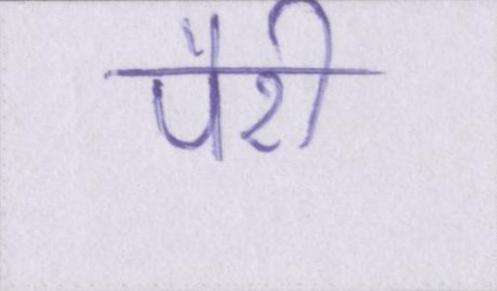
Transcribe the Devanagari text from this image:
पैरी